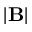
| \mathbf { B } |